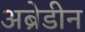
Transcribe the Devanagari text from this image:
अब्रेडीन